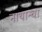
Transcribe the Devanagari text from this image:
नाथान्चा